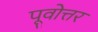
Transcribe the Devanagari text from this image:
पूवोत्तर